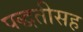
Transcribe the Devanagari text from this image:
पद्धतीसह